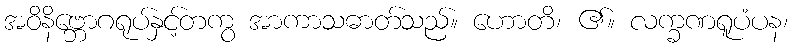
အဝိနိဗ္ဘောဂရုပ်နှင့်တကွ အာကာသဓာတ်သည်။ ဟောတိ၊ ၏။ လက္ခဏရူပံပန၊